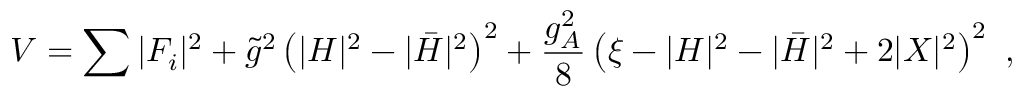
V = \sum | F _ { i } | ^ { 2 } + \tilde { g } ^ { 2 } \left( | H | ^ { 2 } - | \bar { H } | ^ { 2 } \right) ^ { 2 } + \frac { g _ { A } ^ { 2 } } { 8 } \left( \xi - | H | ^ { 2 } - | \bar { H } | ^ { 2 } + 2 | X | ^ { 2 } \right) ^ { 2 } ~ ,